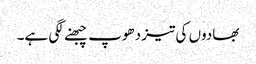
بھادوں کی تیز دھوپ چبھنے لگی ہے۔